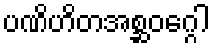
ပဏိဟိတအစ္ဆဝဂ္ဂေါ